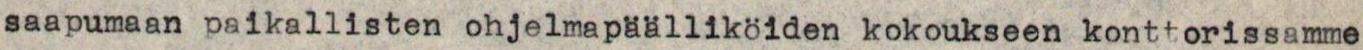
saapumaan paikallisten ohjelmapäälliköiden kokoukseen konttorissamme